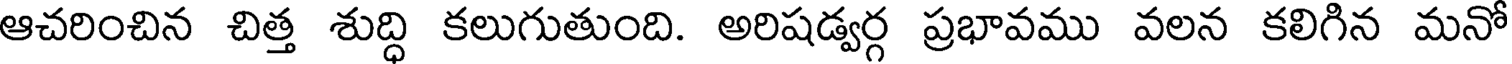
ఆచరించిన చిత్త శుద్ధి కలుగుతుంది. అరిషడ్వర్గ ప్రభావము వలన కలిగిన మనో